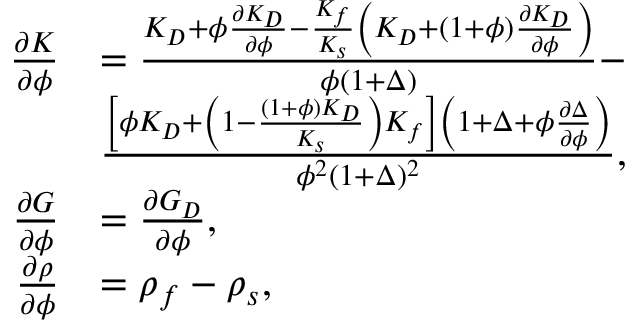
\begin{array} { r } { \begin{array} { r l } { \frac { \partial K } { \partial \phi } } & { = \frac { K _ { D } + \phi \frac { \partial K _ { D } } { \partial \phi } - \frac { K _ { f } } { K _ { s } } \left( K _ { D } + ( 1 + \phi ) \frac { \partial K _ { D } } { \partial \phi } \right) } { \phi ( 1 + \Delta ) } - } \\ & { \frac { \left[ \phi K _ { D } + \left( 1 - \frac { ( 1 + \phi ) K _ { D } } { K _ { s } } \right) K _ { f } \right] \left( 1 + \Delta + \phi \frac { \partial \Delta } { \partial \phi } \right) } { \phi ^ { 2 } ( 1 + \Delta ) ^ { 2 } } , } \\ { \frac { \partial G } { \partial \phi } } & { = \frac { \partial G _ { D } } { \partial \phi } , } \\ { \frac { \partial \rho } { \partial \phi } } & { = \rho _ { f } - \rho _ { s } , } \end{array} } \end{array}